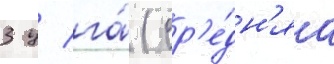
3 ц/ га́ (ср'е́дн'яа